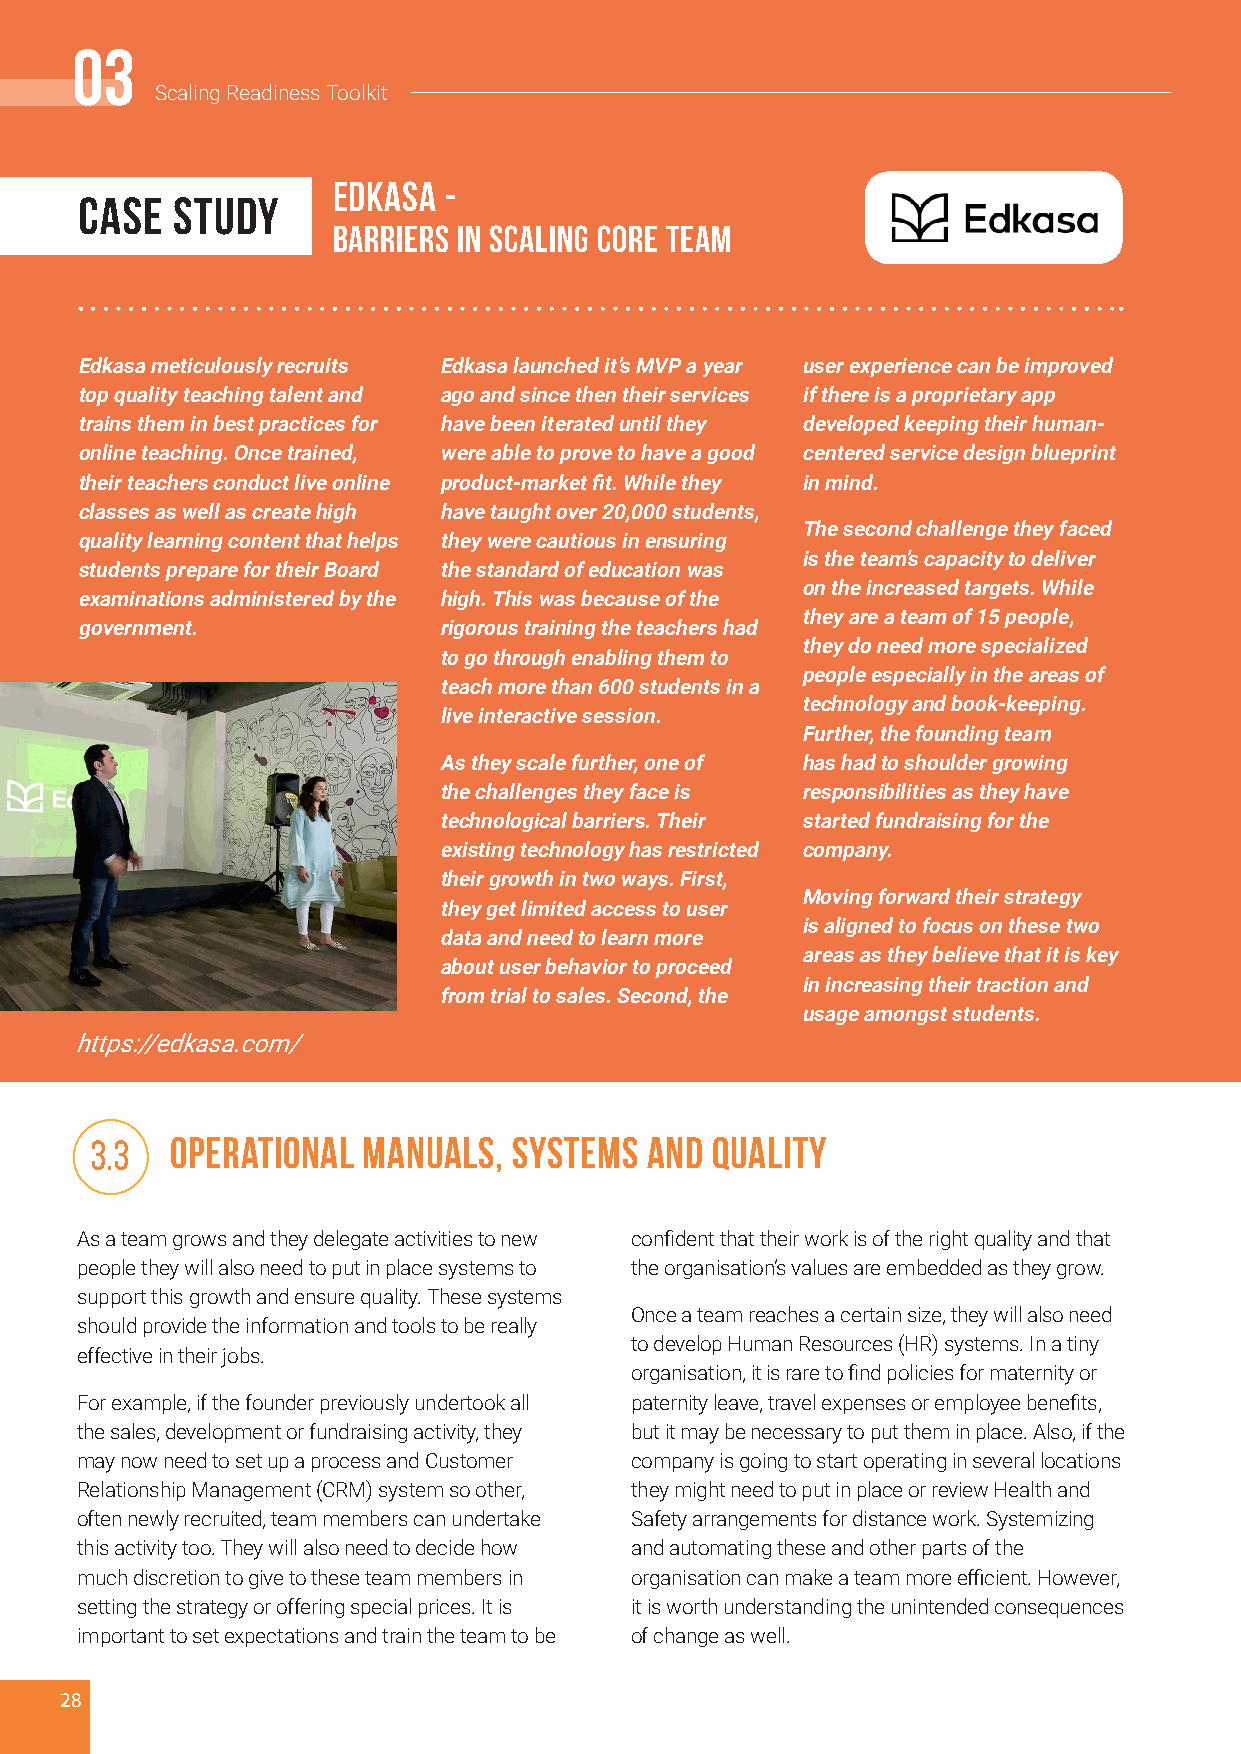
0033
 SSccaalliinngg RReeaaddiinneessss TToooollkkiitt
 Edkasa -
 CASE  STUDY
 Barriers in Scaling Core Team
 Edkasa meticulously recruits Edkasa launched it’s MVP a year user experience can be improved
 top quality teaching talent and ago and since then their services if there is a proprietary app
 trains them in best practices for have been iterated until they developed keeping their human-
 online teaching. Once trained, were able to prove to have a good centered service design blueprint
 their teachers conduct live online product-market fit. While they in mind.
 classes as well as create high have taught over 20,000 students,
 The second challenge they faced
 quality learning content that helps they were cautious in ensuring
 is the team’s capacity to deliver
 students prepare for their Board the standard of education was
 on the increased targets. While
 examinations administered by the high. This was because of the
 they are a team of 15 people,
 government.             rigorous training the teachers had
 they do need more specialized
 to go through enabling them to
 people especially in the areas of
 teach more than 600 students in a
 technology and book-keeping.
 live interactive session.
 Further, the founding team
 As they scale further, one of has had to shoulder growing
 the challenges they face is responsibilities as they have
 technological barriers. Their started fundraising for the
 existing technology has restricted company.
 their growth in two ways. First,
 Moving forward their strategy
 they get limited access to user
 is aligned to focus on these two
 data and need to learn more
 areas as they believe that it is key
 about user behavior to proceed
 in increasing their traction and
 from trial to sales. Second, the
 usage amongst students.
 https://edkasa.com/
 3.3  Operational  Manuals,  Systems  and Quality
 As a team grows and they delegate activities to new confident that their work is of the right quality and that
 people they will also need to put in place systems to the organisation’s values are embedded as they grow.
 support this growth and ensure quality. These systems
 Once a team reaches a certain size, they will also need
 should provide the information and tools to be really
 to develop Human Resources (HR) systems. In a tiny
 effective in their jobs.
 organisation, it is rare to find policies for maternity or
 For example, if the founder previously undertook all paternity leave, travel expenses or employee benefits,
 the sales, development or fundraising activity, they but it may be necessary to put them in place. Also, if the
 may now need to set up a process and Customer company is going to start operating in several locations
 Relationship Management (CRM) system so other, they might need to put in place or review Health and
 often newly recruited, team members can undertake Safety arrangements for distance work. Systemizing
 this activity too. They will also need to decide how and automating these and other parts of the
 much discretion to give to these team members in organisation can make a team more efficient. However,
 setting the strategy or offering special prices. It is it is worth understanding the unintended consequences
 important to set expectations and train the team to be of change as well.
 28